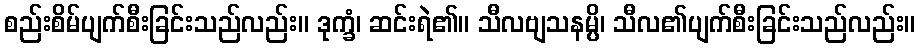
စည်းစိမ်ပျက်စီးခြင်းသည်လည်း။ ဒုက္ခံ၊ ဆင်းရဲ၏။ သီလဗျသနမ္ပိ၊ သီလ၏ပျက်စီးခြင်းသည်လည်း။